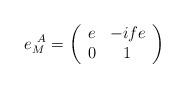
LaTeX: \begin{align*}e^{~A}_{M}= \left(\begin{array}{cc}e & -ife\\0 & 1\end{array}\right)\,\end{align*}